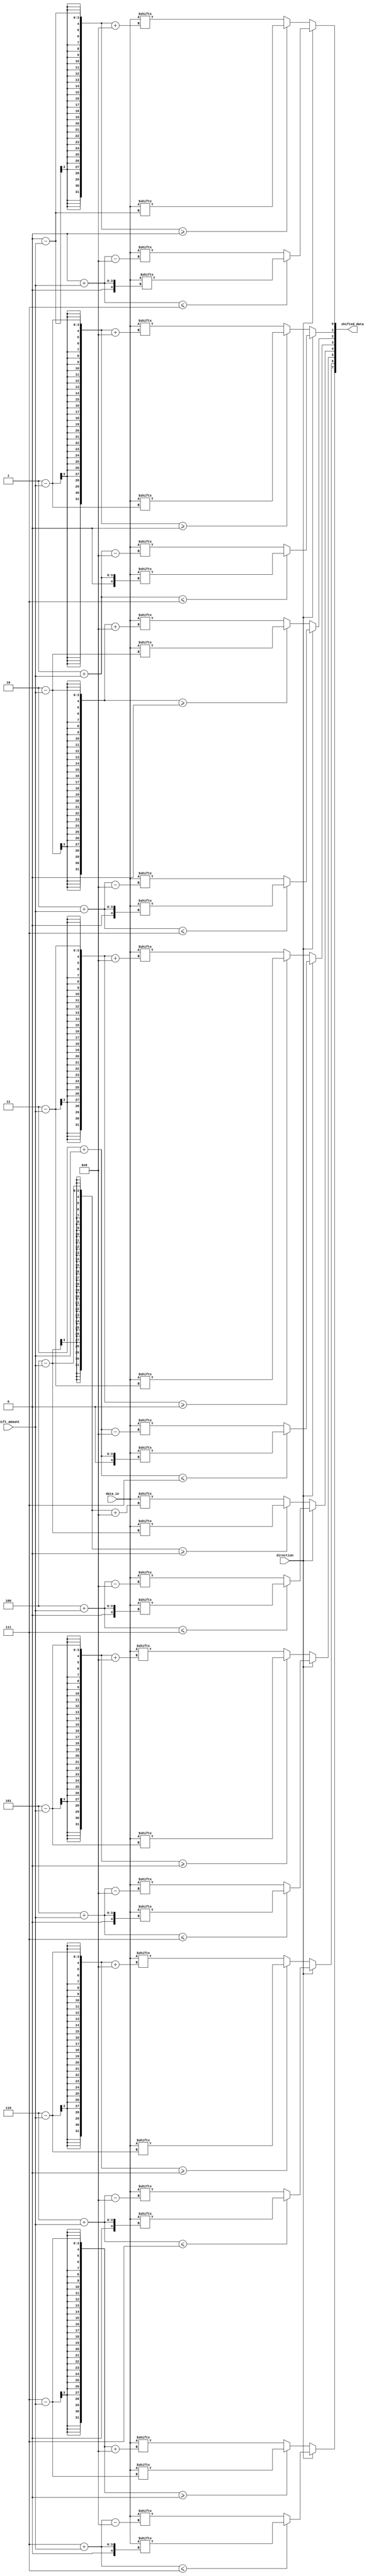
module barrel_shifter(
  input [7:0] data_in,
  input [2:0] shift_amount,
  input direction,
  output [7:0] shifted_data
);

reg [7:0] temp_data;
integer i;

always @ (data_in, shift_amount, direction)
begin
  temp_data = data_in;

  if (direction == 1) begin // right shift
    for (i = 0; i < 8; i = i + 1) begin
      if (i + shift_amount <= 7)
        shifted_data[i] = temp_data[i + shift_amount];
      else
        shifted_data[i] = temp_data[i + shift_amount - 8];
    end
  end
  else begin // left shift
    for (i = 0; i < 8; i = i + 1) begin
      if (i - shift_amount >= 0)
        shifted_data[i] = temp_data[i - shift_amount];
      else
        shifted_data[i] = temp_data[i - shift_amount + 8];
    end
  end
end

endmodule